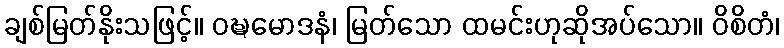
ချစ်မြတ်နိုးသဖြင့်။ ဝဍ္ဎမောဒနံ၊ မြတ်သော ထမင်းဟုဆိုအပ်သော။ ဝိစိတံ၊